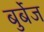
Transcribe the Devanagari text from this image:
बुर्बेज